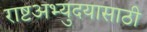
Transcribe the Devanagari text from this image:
राष्टअभ्युदयासाठी